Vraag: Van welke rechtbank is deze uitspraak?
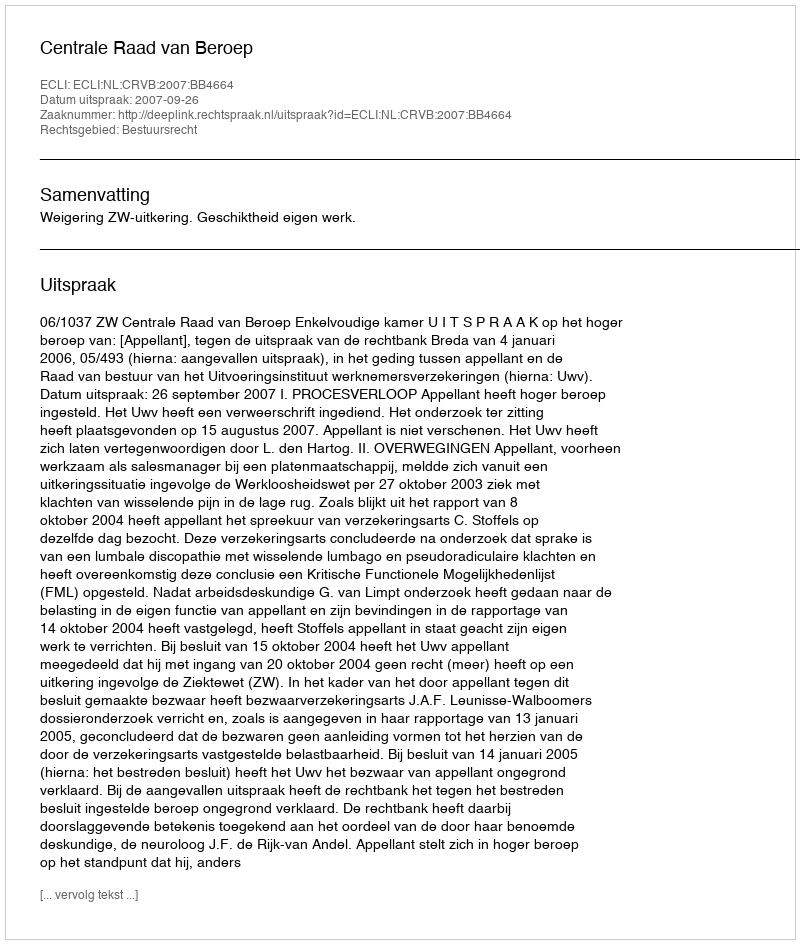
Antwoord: Centrale Raad van Beroep